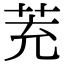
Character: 茺